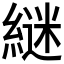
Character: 𮈵